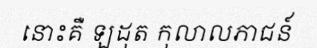
នោះគឺ ឡដុត កុលាលភាជន៍